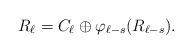
LaTeX: \begin{gather*}R_\ell = C_\ell \oplus \varphi_{\ell -s}(R_{\ell -s}).\end{gather*}